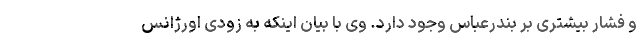
و فشار بیشتری بر بندرعباس وجود دارد. وی با بیان اینکه به زودی اورژانس